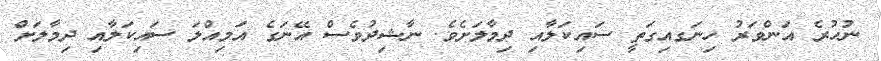
ނުހުރެ އަންވަރު ހިނަގއިގަތީ ސައިކަލާއި ދިމާލަށެވެ. ނާޝިދުވެސް އޭނަގެ އަމިއްލަ ސައިކަލާއި ދިމާލަށް